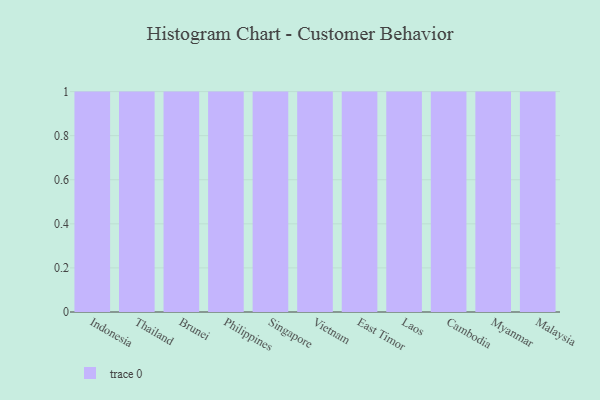
{"axis": {"x": "Country", "y": "Net Income (USD K)"}, "legend": [""], "data": [{"x": "Indonesia", "y": 98, "type": ""}, {"x": "Thailand", "y": 58, "type": ""}, {"x": "Brunei", "y": 62, "type": ""}, {"x": "Philippines", "y": 51, "type": ""}, {"x": "Singapore", "y": 63, "type": ""}, {"x": "Vietnam", "y": 73, "type": ""}, {"x": "East Timor", "y": 95, "type": ""}, {"x": "Laos", "y": 59, "type": ""}, {"x": "Cambodia", "y": 61, "type": ""}, {"x": "Myanmar", "y": 16, "type": ""}, {"x": "Malaysia", "y": 75, "type": ""}]}